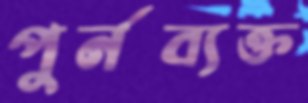
পুর্নব্যক্ত